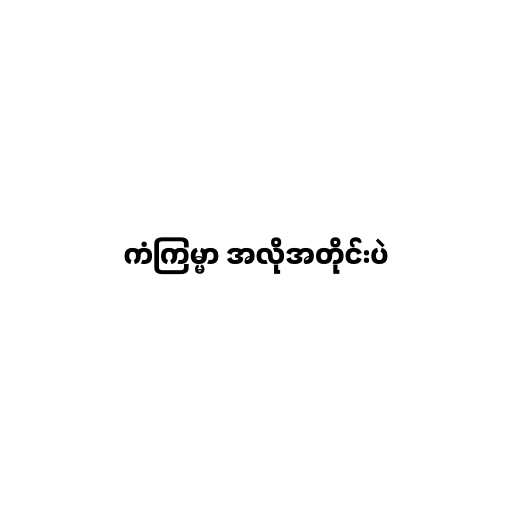
ကံကြမ္မာ အလိုအတိုင်းပဲ